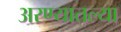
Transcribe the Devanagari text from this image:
अरण्यातल्या